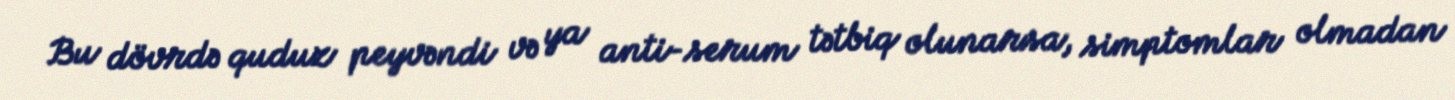
Bu dövrdə quduz peyvəndi və ya anti-serum tətbiq olunarsa, simptomlar olmadan